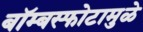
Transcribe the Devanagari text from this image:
बॉम्बस्फोटामुळे